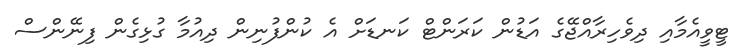
ޓީވީއެމާއި ދިވެހިރާއްޖޭގެ އަޑުން ކަރަންޓް ކަނޑަށް އެ ކުންފުނިން ދިއުމާ ގުޅިގެން ފިނޭންސް